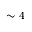
\sim 4